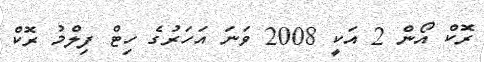
ރޮކް އޯން 2 އަކީ 2008 ވަނަ އަހަރުގެ ހިޓް ފިލްމު ރޮކް